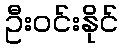
ဦးဝင်းနိုင်